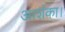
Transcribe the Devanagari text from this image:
आशंका।